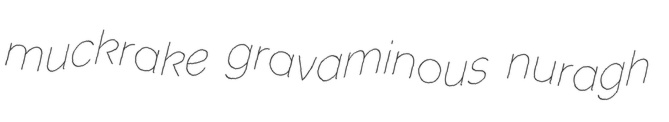
muckrake gravaminous nuragh